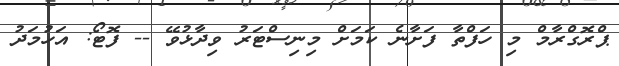
ޕްރޮގްރާމް މި ހަފްތާ ފަށާނެ ކަމަށް މިނިސްޓަރު ވިދާޅުވޭ -- ފޮޓޯ: އަހުމަދު